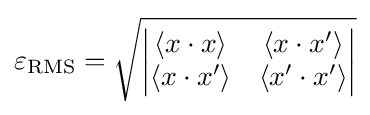
\varepsilon _{\text{RMS}}={\sqrt {\begin{vmatrix}\langle x\cdot x\rangle &\langle x\cdot x^{\prime }\rangle \\\langle x\cdot x^{\prime }\rangle &\langle x^{\prime }\cdot x^{\prime }\rangle \end{vmatrix}}}